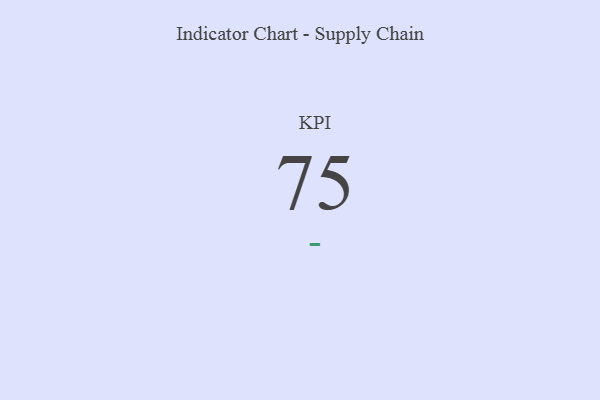
{"axis": {"x": "KPI", "y": "Value"}, "legend": [""], "data": [{"x": "KPI", "y": 75, "type": ""}]}